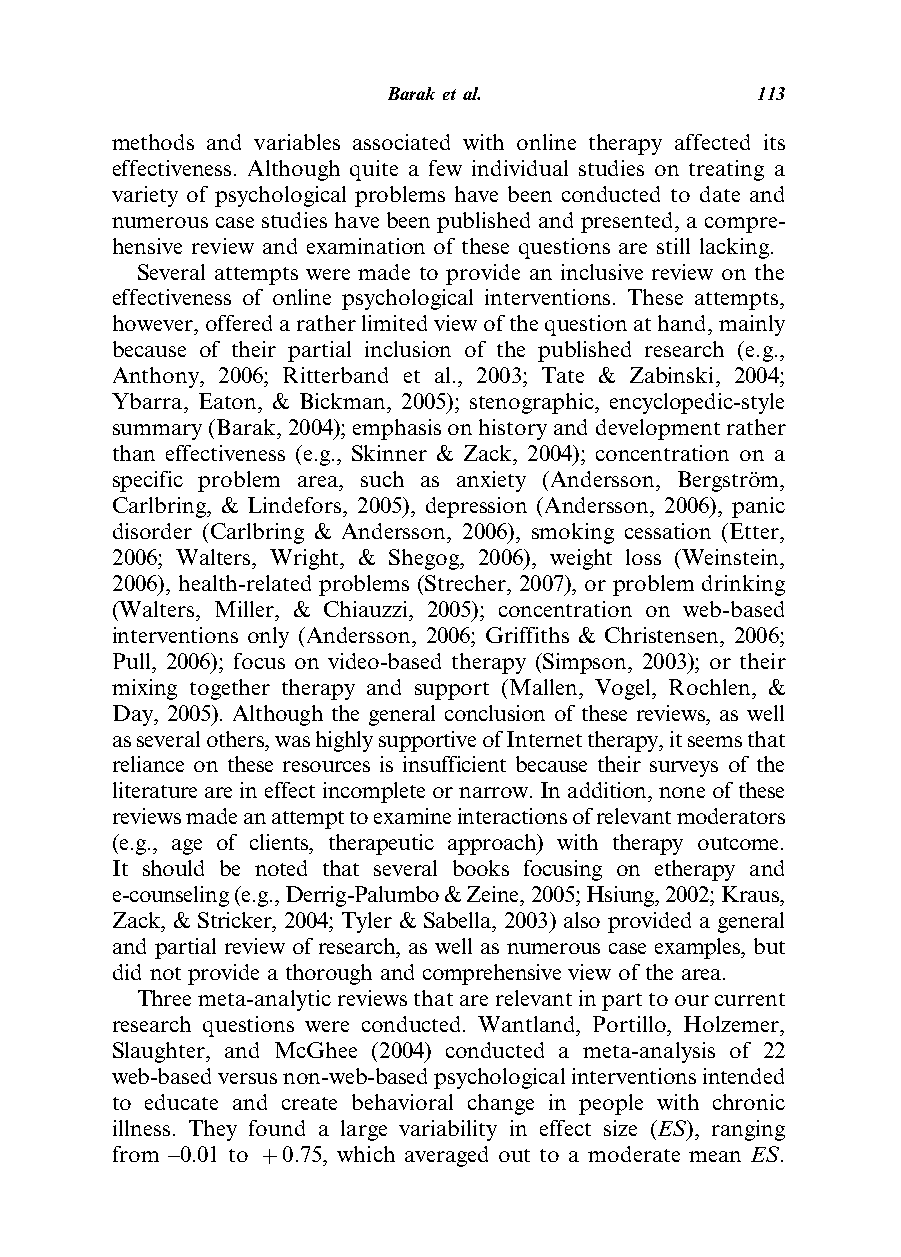
Barak etal.             113
 methods and variables associated with online therapy affected its
 effectiveness. Although quite a few individual studies on treating a
 variety of psychological problems have been conducted to date and
 numerous case studies have been published and presented, a compre-
 hensive review and examination of these questions are still lacking.
 Several attempts were made to provide an inclusive review on the
 effectiveness of online psychological interventions. These attempts,
 however,offeredaratherlimitedviewofthequestionathand,mainly
 because of their partial inclusion of the published research (e.g.,
 Anthony, 2006; Ritterband et al., 2003; Tate & Zabinski, 2004;
 Ybarra, Eaton, & Bickman, 2005); stenographic, encyclopedic-style
 summary(Barak,2004);emphasisonhistoryanddevelopmentrather
 than effectiveness (e.g., Skinner & Zack, 2004); concentration on a
 specific problem area, such as anxiety (Andersson, Bergstro¨m,
 Carlbring, & Lindefors, 2005), depression (Andersson, 2006), panic
 disorder (Carlbring & Andersson, 2006), smoking cessation (Etter,
 2006; Walters, Wright, & Shegog, 2006), weight loss (Weinstein,
 2006), health-related problems (Strecher, 2007), or problem drinking
 (Walters, Miller, & Chiauzzi, 2005); concentration on web-based
 interventions only (Andersson, 2006; Griffiths & Christensen, 2006;
 Pull, 2006); focus on video-based therapy (Simpson, 2003); or their
 mixing together therapy and support (Mallen, Vogel, Rochlen, &
 Day, 2005). Although the general conclusion of these reviews, as well
 asseveralothers,washighlysupportiveofInternettherapy,itseemsthat
 reliance on these resources is insufficient because their surveys of the
 literatureareineffectincompleteornarrow.Inaddition,noneofthese
 reviewsmadeanattempttoexamineinteractionsofrelevantmoderators
 (e.g., age of clients, therapeutic approach) with therapy outcome.
 It should be noted that several books focusing on etherapy and
 e-counseling(e.g.,Derrig-Palumbo&Zeine,2005;Hsiung,2002;Kraus,
 Zack, & Stricker, 2004; Tyler & Sabella, 2003) also provided a general
 and partial review of research, as well as numerous case examples, but
 did not provide a thorough and comprehensive view of the area.
 Threemeta-analyticreviewsthatarerelevantinparttoourcurrent
 research questions were conducted. Wantland, Portillo, Holzemer,
 Slaughter, and McGhee (2004) conducted a meta-analysis of 22
 web-basedversusnon-web-basedpsychologicalinterventionsintended
 to educate and create behavioral change in people with chronic
 illness. They found a large variability in effect size (ES), ranging
 from –0.01 to þ0.75, which averaged out to a moderate mean ES.